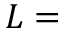
L =